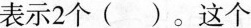
表示2个（ ）。这个